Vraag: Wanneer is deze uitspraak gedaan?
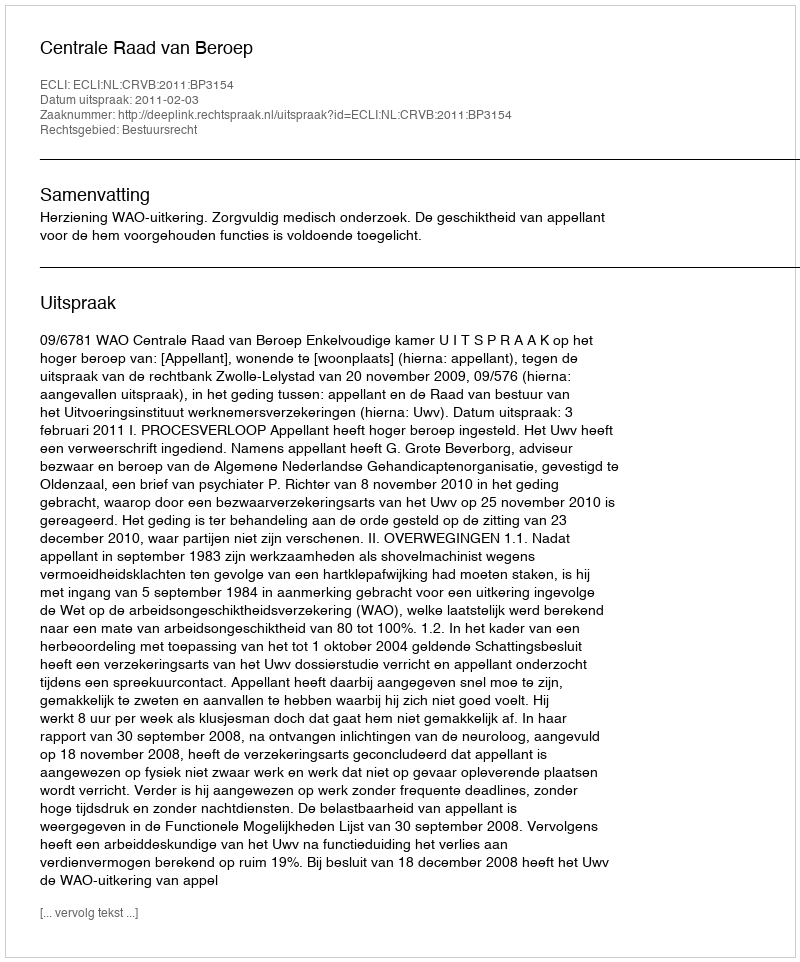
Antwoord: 2011-02-03